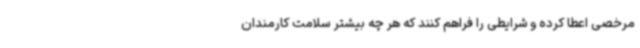
مرخصی اعطا کرده و شرایطی را فراهم کنند که هر چه بیشتر سلامت کارمندان